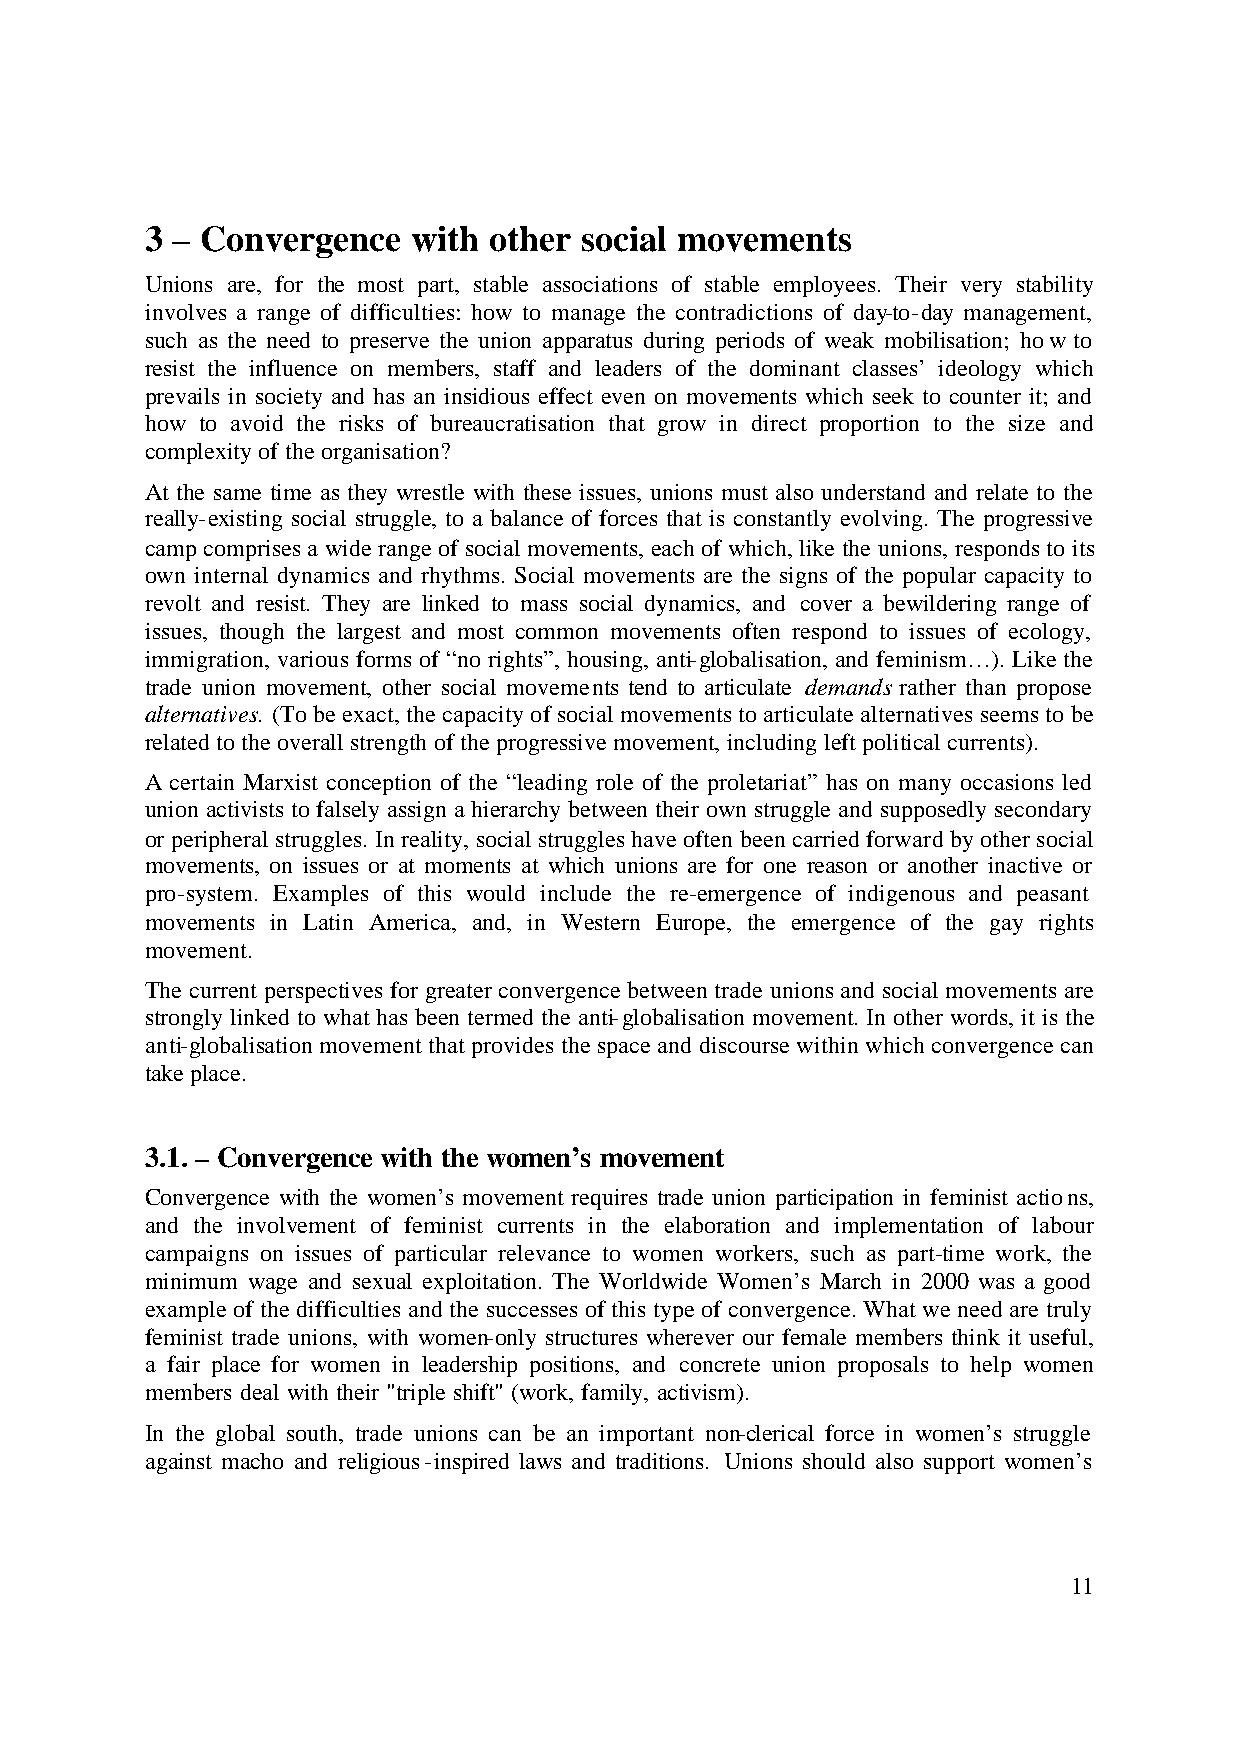
3 – Convergence  with other social movements
 Unions are, for the most part, stable associations of stable employees. Their very stability
 involves a range of difficulties: how to manage the contradictions of day-to-day management,
 such as the need to preserve the union apparatus during periods of weak mobilisation; how to
 resist the influence on members, staff and leaders of the dominant classes’ ideology which
 prevails in society and has an insidious effect even on movements which seek to counter it; and
 how to avoid the risks of bureaucratisation that grow in direct proportion to the size and
 complexity of the organisation?
 At the same time as they wrestle with these issues, unions must also understand and relate to the
 really-existing social struggle, to a balance of forces that is constantly evolving. The progressive
 camp comprises a wide range of social movements, each of which, like the unions, responds to its
 own internal dynamics and rhythms. Social movements are the signs of the popular capacity to
 revolt and resist. They are linked to mass social dynamics, and cover a bewildering range of
 issues, though the largest and most common movements often respond to issues of ecology,
 immigration, various forms of “no rights”, housing, anti-globalisation, and feminism…). Like the
 trade union movement, other social movements tend to articulate demands rather than propose
 alternatives. (To be exact, the capacity of social movements to articulate alternatives seems to be
 related to the overall strength of the progressive movement, including left political currents).
 A certain Marxist conception of the “leading role of the proletariat” has on many occasions led
 union activists to falsely assign a hierarchy between their own struggle and supposedly secondary
 or peripheral struggles. In reality, social struggles have often been carried forward by other social
 movements, on issues or at moments at which unions are for one reason or another inactive or
 pro-system. Examples of this would include the re-emergence of indigenous and peasant
 movements in Latin America, and, in Western Europe, the emergence of the gay rights
 movement.
 The current perspectives for greater convergence between trade unions and social movements are
 strongly linked to what has been termed the anti-globalisation movement. In other words, it is the
 anti-globalisation movement that provides the space and discourse within which convergence can
 take place.
 3.1. – Convergence with the women’s movement
 Convergence with the women’s movement requires trade union participation in feminist actions,
 and the involvement of feminist currents in the elaboration and implementation of labour
 campaigns on issues of particular relevance to women workers, such as part-time work, the
 minimum wage and sexual exploitation. The Worldwide Women’s March in 2000 was a good
 example of the difficulties and the successes of this type of convergence. What we need are truly
 feminist trade unions, with women-only structures wherever our female members think it useful,
 a fair place for women in leadership positions, and concrete union proposals to help women
 members deal with their "triple shift" (work, family, activism).
 In the global south, trade unions can be an important non-clerical force in women’s struggle
 against macho and religious-inspired laws and traditions. Unions should also support women’s
 11